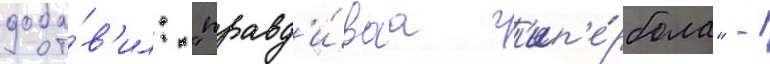
доба́в'ил: "правд'и́ваа г'ип'е́рбола" -